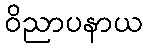
ဝိညာပနာယ